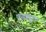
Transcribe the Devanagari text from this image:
एस्क्यूड